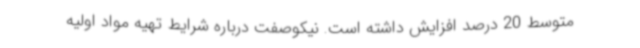
متوسط 20 درصد افزایش داشته است. نیکوصفت درباره شرایط تهیه مواد اولیه